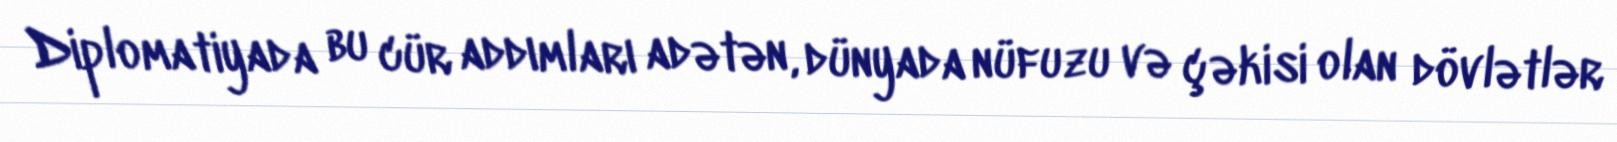
Diplomatiyada bu cür addımları adətən, dünyada nüfuzu və çəkisi olan dövlətlər